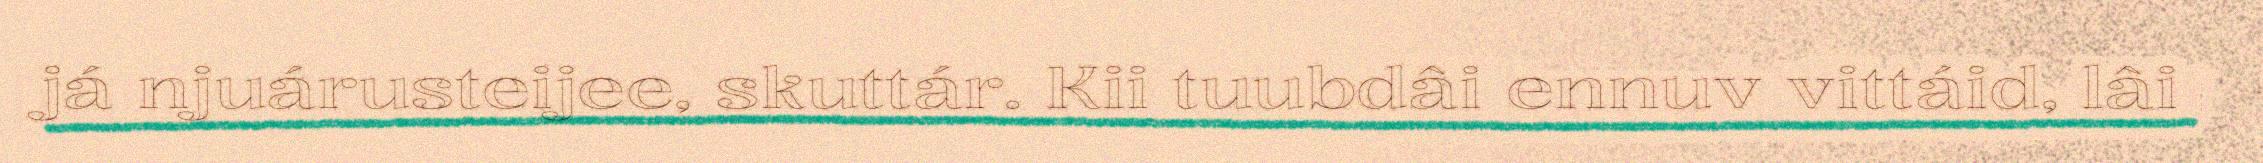
já njuárusteijee, skuttár. Kii tuubdâi ennuv vittáid, lâi